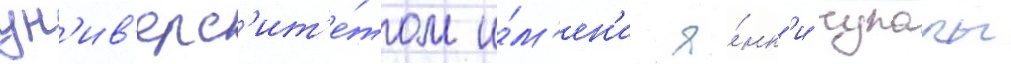
ун'ив'ерс'ит'е́том и́м'ен'и я́нк'и купалы